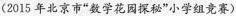
(2015年北京市”数学花园探秘”小学组竞赛)